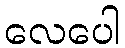
လေပေါ